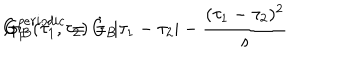
G _ { F } ^ { p e r i o d i c } = \dot { G } _ { B } \hspace { . 5 c m } , \hspace { . 5 c m } G _ { B } ( \tau _ { 1 } , \tau _ { 2 } ) = | \tau _ { 1 } - \tau _ { 2 } | - \frac { ( \tau _ { 1 } - \tau _ { 2 } ) ^ { 2 } } { s }